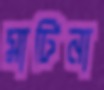
মার্টিনা